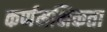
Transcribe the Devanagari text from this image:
कर्णमक्षिकता